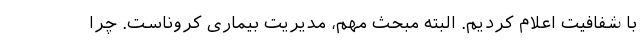
با شفافیت اعلام کردیم. البته مبحث مهم، مدیریت بیماری کروناست. چرا